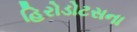
હિરોડોટસના